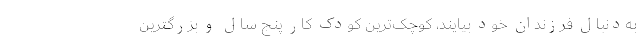
به‌دنبال فرزندان خود بیایند، کوچک‌ترین کودک کار پنج سال و بزرگترین